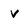
Character: v